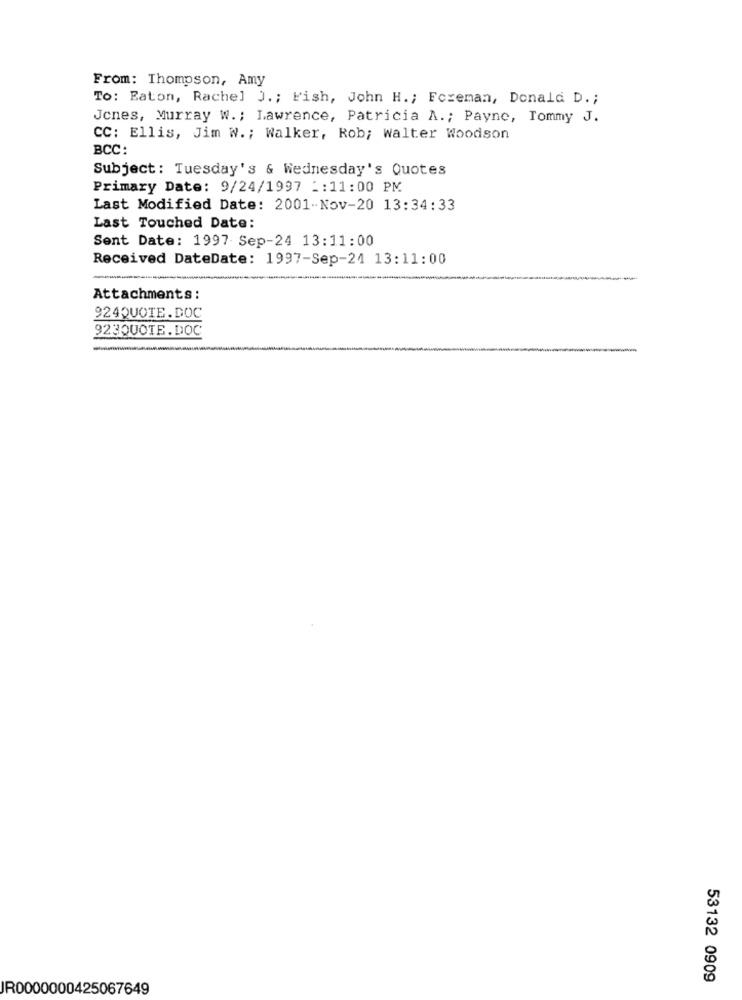
From: Thompson, Amy
To: Eaton, Rachel J .; Fish, John H .; Foreman, Donald D .;
Jones, Murray W. ; Lawrence, Patricia A .; Payne, Tommy J.
CC: Ellis, Jim W .; Walker, Rob; walter Woodson
BCC:
Subject: Tuesday's & Wednesday's Quotes
Primary Date: 9/24/1997 :: 11:00 PM
Last Modified Date: 2001-Nov-20 13:34:33
Last Touched Date:
Sent Date: 1997 Sep-24 13:11:00
Received DateDate: 1997-Sep-24 13:11:00
--
Attachments:
924QUOTE.DOC
923QUOTE.DOC
---
53132 0909
JR0000000425067649